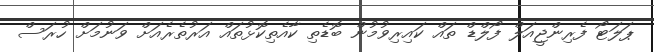
ޕަލަޓޯ ފެރިންޖީއަލް ފޯލްޑް ތައް ކައިރިވުމުން ބޮޑެތި ކާއެތިކޮޅުތައް އަރުތެރެއަށް ވަނުމަށް ހުރަސް